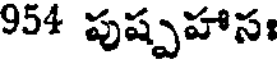
954 పుష్పహాసః